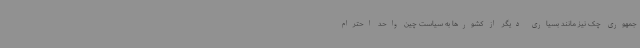
جمهوری چک نیز مانند بسیاری دیگر از کشورها به سیاست چین واحد احترام